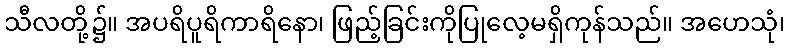
သီလတို့၌။ အပရိပူရိကာရိနော၊ ဖြည့်ခြင်းကိုပြုလေ့မရှိကုန်သည်။ အဟေသုံ၊